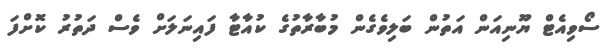
ސޯވިއެޓް ޔޫނިއަން އަތުން ބަލިވެގެން މުބާރާތުގެ ކުއާޓާ ފައިނަލަށް ވެސް ދަތުރު ކޮށްފަ